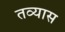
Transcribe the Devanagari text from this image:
तव्यास